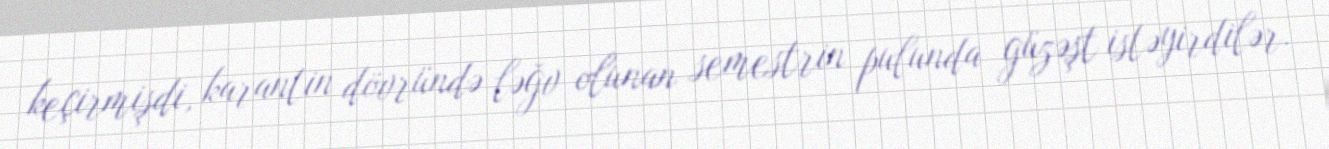
keçirmişdi, karantin dövründə ləğv olunan semestrin pulunda güzəşt istəyirdilər.